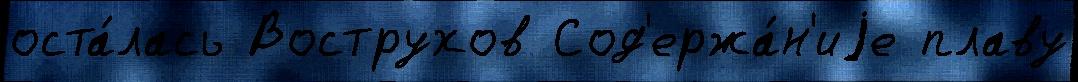
оста́лась Вострухов Сод'ержа́н'иjе плаву